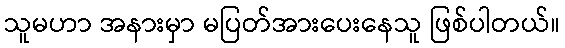
သူမဟာ အနားမှာ မပြတ်အားပေးနေသူ ဖြစ်ပါတယ်။